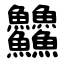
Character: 䲜